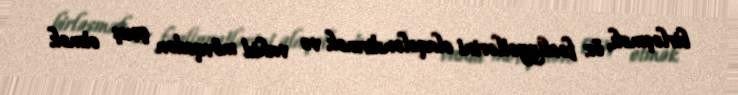
birləşmək, öz fəaliyyətlərini əlaqələndirmək və vahid mövqedən çıxış etmək